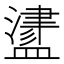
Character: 𥂵